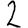
Digit: 2